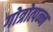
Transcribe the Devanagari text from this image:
गोत्रोत्पन्न